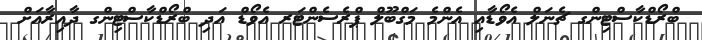
ބްރޯޑްކާސްޓިންގ ޗެނަލް އެވޯޑާއި އެންމެ މަގްބޫލް ޕްރެސެންޓަރ އެވޯޑް އަދި ބްރޯޑްކާސްޓިންގ ދާއިރާއަށް